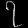
Digit: ၇